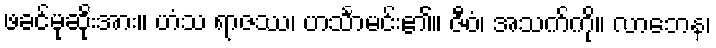
ဖခင်မုဆိုးအား။ ဟံသ ရာဇဿ၊ ဟင်္သာမင်း၏။ ဇီဝံ၊ အသက်ကို။ လာဘေန၊